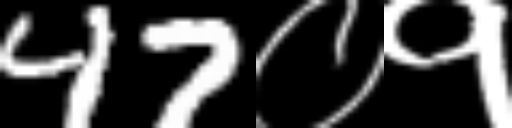
Text: 47०१